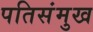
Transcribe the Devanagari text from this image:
पतिसंमुख